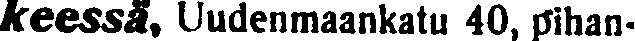
keessä, Uudenmaankatu 40, pihan-